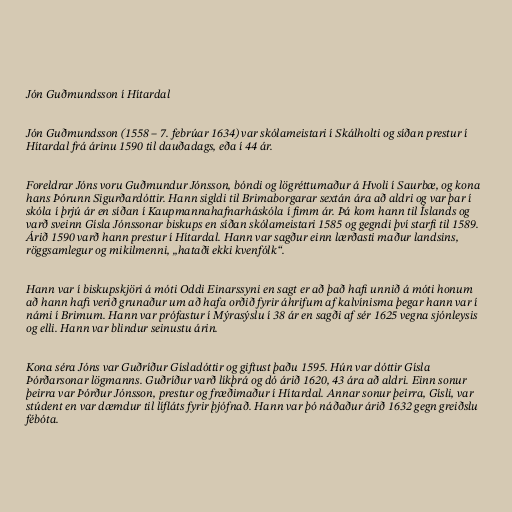
Jón Guðmundsson í Hítardal

Jón Guðmundsson (1558 – 7. febrúar 1634) var skólameistari í Skálholti og síðan prestur í
Hítardal frá árinu 1590 til dauðadags, eða í 44 ár.

Foreldrar Jóns voru Guðmundur Jónsson, bóndi og lögréttumaður á Hvoli í Saurbæ, og kona
hans Þórunn Sigurðardóttir. Hann sigldi til Brimaborgarar sextán ára að aldri og var þar í
skóla í þrjú ár en síðan í Kaupmannahafnarháskóla í fimm ár. Þá kom hann til Íslands og
varð sveinn Gísla Jónssonar biskups en síðan skólameistari 1585 og gegndi því starfi til 1589.
Árið 1590 varð hann prestur í Hítardal. Hann var sagður einn lærðasti maður landsins,
röggsamlegur og mikilmenni, „hataði ekki kvenfólk“.

Hann var í biskupskjöri á móti Oddi Einarssyni en sagt er að það hafi unnið á móti honum
að hann hafi verið grunaður um að hafa orðið fyrir áhrifum af kalvínisma þegar hann var í
námi í Brimum. Hann var prófastur í Mýrasýslu í 38 ár en sagði af sér 1625 vegna sjónleysis
og elli. Hann var blindur seinustu árin.

Kona séra Jóns var Guðríður Gísladóttir og giftust þaðu 1595. Hún var dóttir Gísla
Þórðarsonar lögmanns. Guðríður varð líkþrá og dó árið 1620, 43 ára að aldri. Einn sonur
þeirra var Þórður Jónsson, prestur og fræðimaður í Hítardal. Annar sonur þeirra, Gísli, var
stúdent en var dæmdur til lífláts fyrir þjófnað. Hann var þó náðaður árið 1632 gegn greiðslu
fébóta.